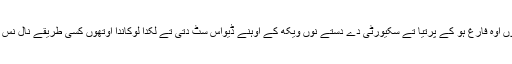
جدوں اوہ فارغ ہو کے پرتیا تے سکیورٹی دے دستے نوں ویکھ کے اوہنے ڈیواس سُٹ دتی تے لکدا لوکاندا اوتھوں کسی طریقے نال نس گیا۔